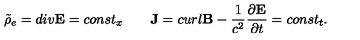
\tilde { \rho } _ { e } = d i v { \bf E } = c o n s t _ { x } \qquad { \bf J } = c u r l { \bf B } - { \frac { 1 } { c ^ { 2 } } } { \frac { \partial { \bf E } } { \partial t } } = c o n s t _ { t } .